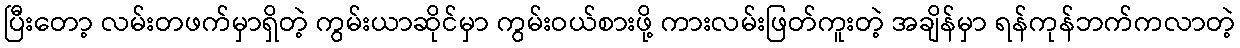
ပြီးတော့ လမ်းတဖက်မှာရှိတဲ့ ကွမ်းယာဆိုင်မှာ ကွမ်းဝယ်စားဖို့ ကားလမ်းဖြတ်ကူးတဲ့ အချိန်မှာ ရန်ကုန်ဘက်ကလာတဲ့